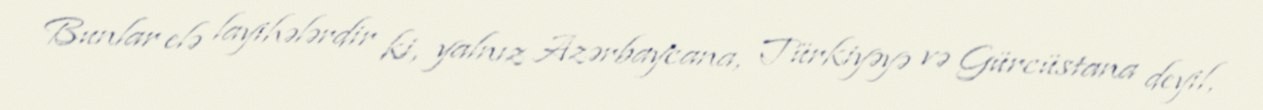
Bunlar elə layihələrdir ki, yalnız Azərbaycana, Türkiyəyə və Gürcüstana deyil,